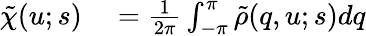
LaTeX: \begin{array}{rl}{\tilde{\chi}(u;s)}&{{}=\frac{1}{2\pi}\int_{-\pi}^{\pi}\tilde{\rho}(q,u;s)dq}\end{array}